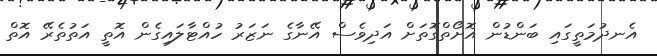
އެނދުމަތީގައި ބަންޑުން އޮށޯތްގޮތަށް އަދިވެސް އޭނާގެ ނަޒަރު ހުއްޓާލައިގެން އޮތީ އަތުތެރޭ އޮތް